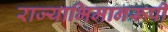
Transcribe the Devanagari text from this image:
राज्याभिमानरूपी